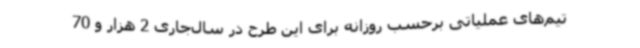
تیم‌های عملیاتی برحسب روزانه برای این طرح در سال‌جاری 2 هزار و 70